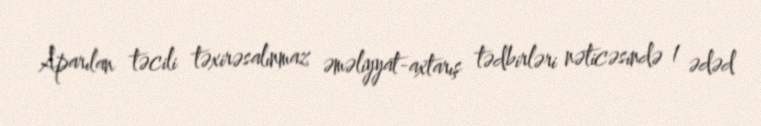
Aparılan təcili təxirəsalınmaz əməliyyat-axtarış tədbirləri nəticəsində 1 ədəd